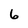
Character: 6